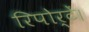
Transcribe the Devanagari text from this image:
रिपोर्टें।